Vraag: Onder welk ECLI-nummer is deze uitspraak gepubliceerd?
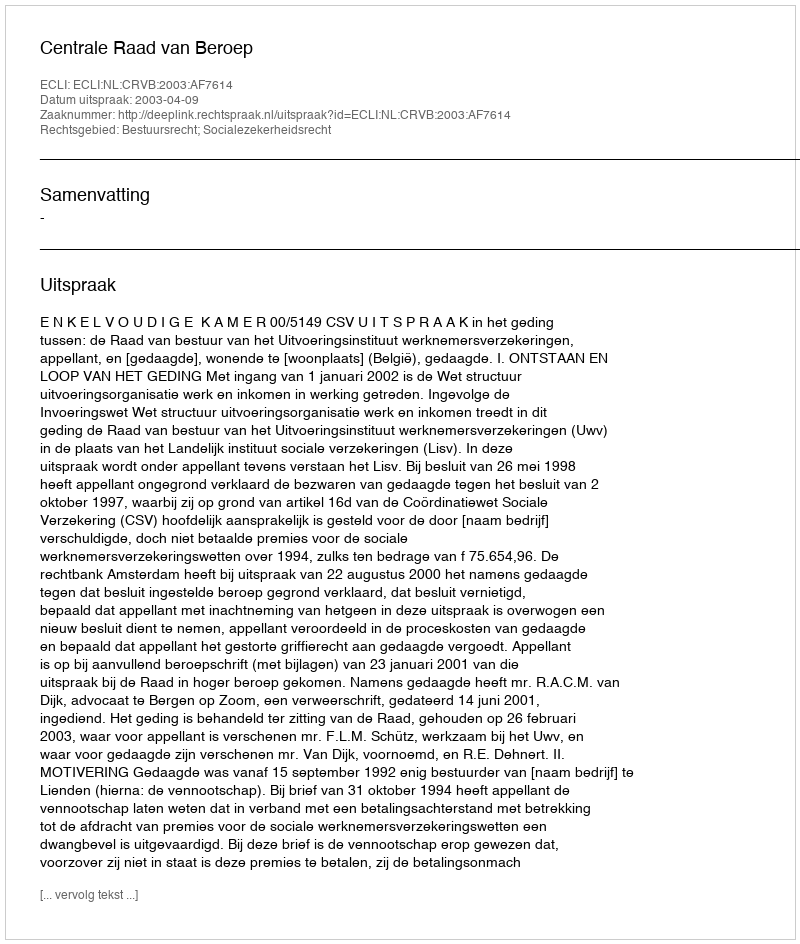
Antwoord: ECLI:NL:CRVB:2003:AF7614